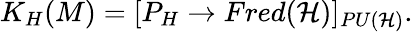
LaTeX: K_{H}(M)=[P_{H}\rightarrow Fred({\mathcal{H}})]_{PU({\mathcal{H}})}.